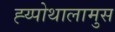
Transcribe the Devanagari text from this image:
ह्य्पोथालामुस